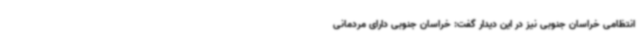
انتظامی خراسان جنوبی نیز در این دیدار گفت: خراسان جنوبی دارای مردمانی